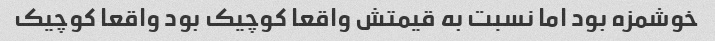
خوشمزه بود اما نسبت به قیمتش واقعا کوچیک بود واقعا کوچیک